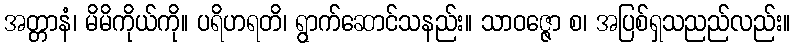
အတ္တာနံ၊ မိမိကိုယ်ကို။ ပရိဟရတိ၊ ရွာက်ဆောင်သနည်း။ သာဝဇ္ဇော စ၊ အပြစ်ရှသညည်လည်း။